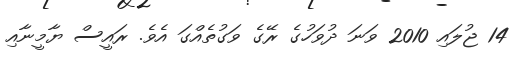
14 ޖުލައި 2010 ވަނަ ދުވަހުގެ ރޭގެ ވަގުތެއްގަ އެވެ. ރައީސް ޔާމީނާއި